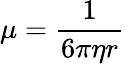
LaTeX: \mu={\frac{1}{6\pi\eta r}}